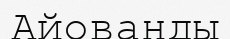
Айованды